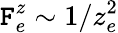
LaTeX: \mathtt{F}_{e}^{z}\sim1/z_{e}^{2}